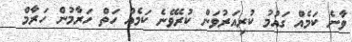
ވާނެ ކަމެއް ގައުމު ކުރިއަރުވަން ކުރެވޭނެ ކަމެއް ހަތް ހަރާމުން ހަރާމް